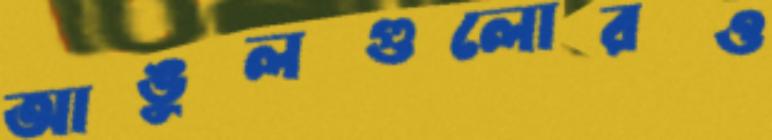
আঙুলগুলোরও